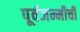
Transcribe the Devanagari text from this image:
पूर्वजन्मीची